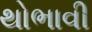
થોભાવી